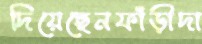
দিয়েছেনফাঁড়ীদা